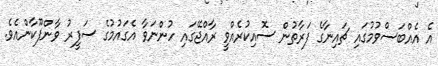
އެ އެއްބަސްވުމުގައި ޗައިނާގެ ފަރާތުން ސޮއިކުރެއްވީ ރާއްޖޭގައި ހުންނަވާ އެގައުމުގެ ސަފީރު ވާންފޫކާންއެވެ.